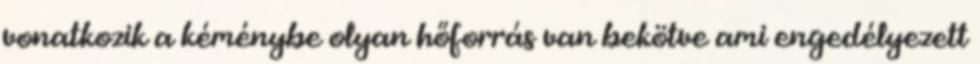
vonatkozik a kéménybe olyan hőforrás van bekötve ami engedélyezett